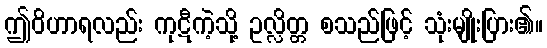
ဤဝိဟာရလည်း ကုဋီကဲ့သို့ ဥလ္လိတ္တ စသည်ဖြင့် သုံးမျိုးပြား၏။